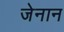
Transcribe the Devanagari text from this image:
जेनान